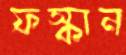
ফস্কান